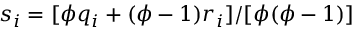
s _ { i } = [ \phi q _ { i } + ( \phi - 1 ) r _ { i } ] / [ \phi ( \phi - 1 ) ]